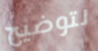
لتوضيح